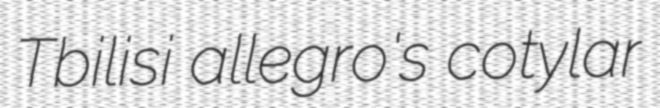
Tbilisi allegro's cotylar